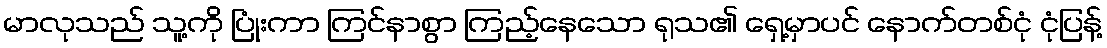
မာလုသည် သူ့ကို ပြုံးကာ ကြင်နာစွာ ကြည့်နေသော ရုသ၏ ရှေ့မှာပင် နောက်တစ်ငုံ ငုံပြန့်